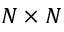
N \times N